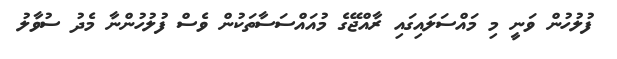
ފުލުހުން ވަނީ މި މައްސަލައިގައި ރާއްޖޭގެ މުއަައްސަސާތަކުން ވެސް ފުލުހުންނާ މެދު ސުވާލު